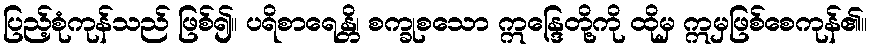
ပြည့်စုံကုန်သည် ဖြစ်၍။ ပရိစာရေန္တိ၊ စက္ခုစသော ဣန္ဒြေတို့ကို ထိုမှ ဣမှဖြစ်စေကုန်၏။